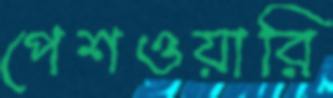
পেশওয়ারি